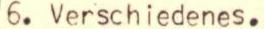
6. Verschiedenes.